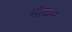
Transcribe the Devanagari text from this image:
मॉदल